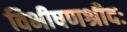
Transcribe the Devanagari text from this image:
विभीषणश्रीदः